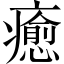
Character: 癒